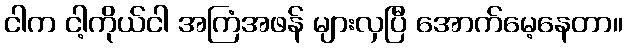
ငါက ငါ့ကိုယ်ငါ အကြံအဖန် များလှပြီ အောက်မေ့နေတာ။